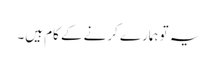
یہ تو ہمارے کرنے کے کام ہیں۔